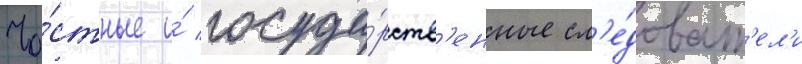
Ча́стные и́ госуда́рств'енные сл'е́доват'ел'и